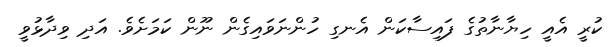
ކުރީ އެއީ ހިޔާނާތުގެ ފައިސާކަން އެނގި ހުންނަވައިގެން ނޫން ކަމަށެވެ. އަދި ވިދާޅުވީ